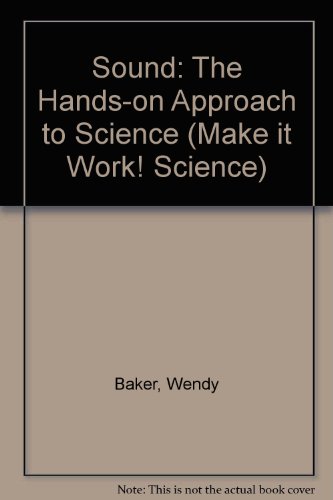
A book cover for SOUND: THE HANDS-ON APPROACH TO SCIENCE (MAKE IT WORK! SCIENCE); ANDREW HASLAM' 'WENDY BAKER; Children's Books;